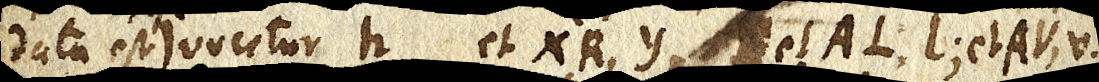
data est) vocetur h et XR, Y et AL, l; et AV, v.